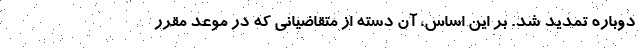
دوباره تمدید شد. بر این اساس، آن دسته از متقاضیانی که در موعد مقرر